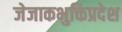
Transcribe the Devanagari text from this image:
जेजाकभुक्तिप्रदेश